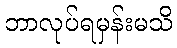
ဘာလုပ်ရမှန်းမသိ